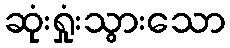
ဆုံးရှုံးသွားသော